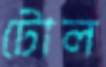
টোল